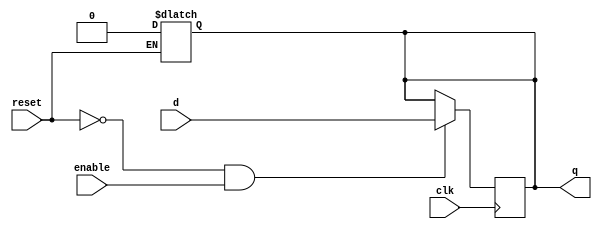
module dffe(q, d, clk, enable, reset);
   output q;
   reg    q;
   input  d;
   input  clk, enable, reset;

   always@(reset)
     if (reset == 1'b1)
       q <= 0;

   always@(posedge clk)
     if ((reset == 1'b0) && (enable == 1'b1))
       q <= d;
endmodule